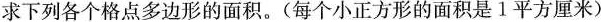
求下列各个格点多边形的面积。(每个小正方形的面积是1平方厘米)